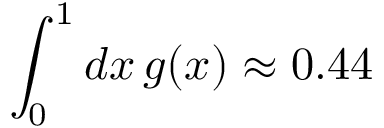
\int _ { 0 } ^ { 1 } d x \, g ( x ) \approx 0 . 4 4